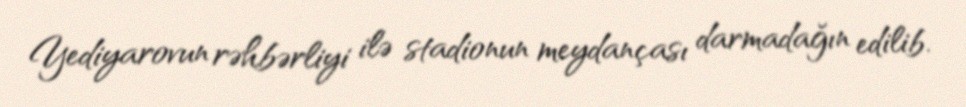
Yediyarovun rəhbərliyi ilə stadionun meydançası darmadağın edilib.